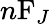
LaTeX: n\mathrm{F}_{J}